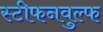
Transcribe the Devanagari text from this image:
स्टीफनवुल्फ